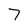
Character: 7